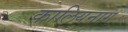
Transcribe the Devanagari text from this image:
कालियनाग